Vaccination Hyderabad 1872-1889 - 1872-1889
Year: 1872
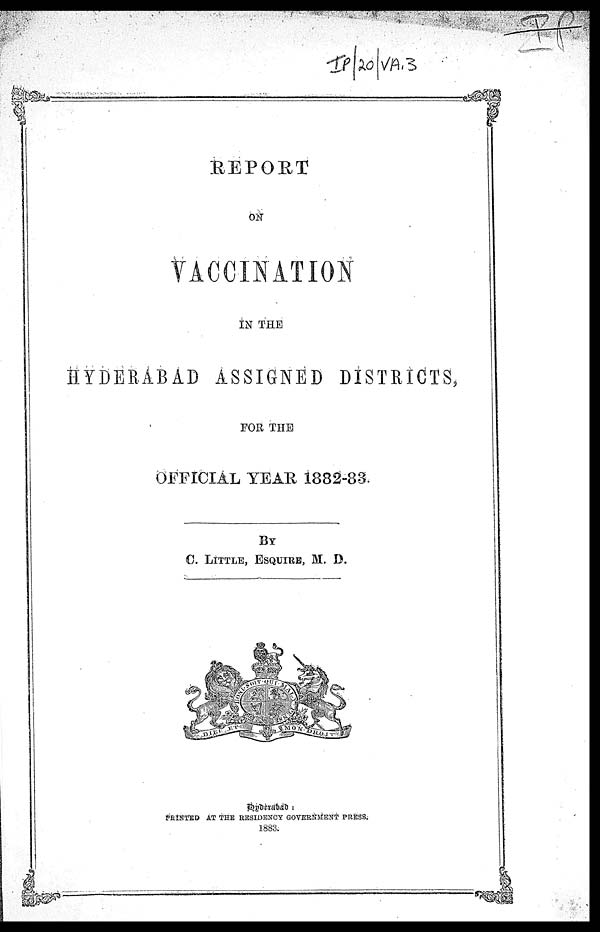
REPORT
ON
VACCINATION
IN THE
HYDERABAD ASSIGNED DISTRICTS,
FOR THE
OFFICIAL YEAR 1882-83
BY
C. LITTLE, ESQUIRE, M. D.
Hyderabad :
PRINTED AT THE RESIDENCY GOVERNMENT PRESS.
1883.